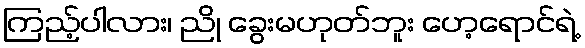
ကြည့်ပါလား၊ ညို ခွေးမဟုတ်ဘူး ဟေ့ရောင်ရဲ့